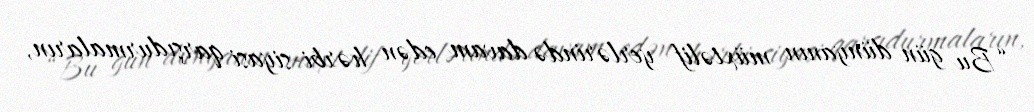
“Bu gün dünyanın müxtəlif yerlərində davam edən hərbi-siyasi qarşıdurmaların,